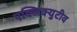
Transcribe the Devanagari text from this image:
एक्जिक्युटीव